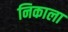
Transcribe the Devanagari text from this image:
निकाला